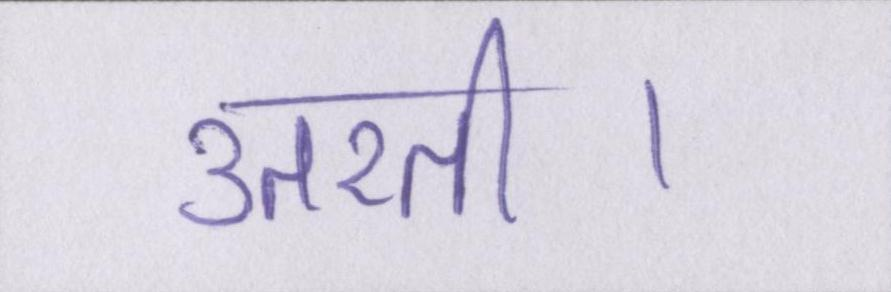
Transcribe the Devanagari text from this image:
उतरती।